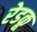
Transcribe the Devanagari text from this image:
रेडकू